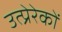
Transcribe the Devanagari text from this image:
उत्प्रेरेकों